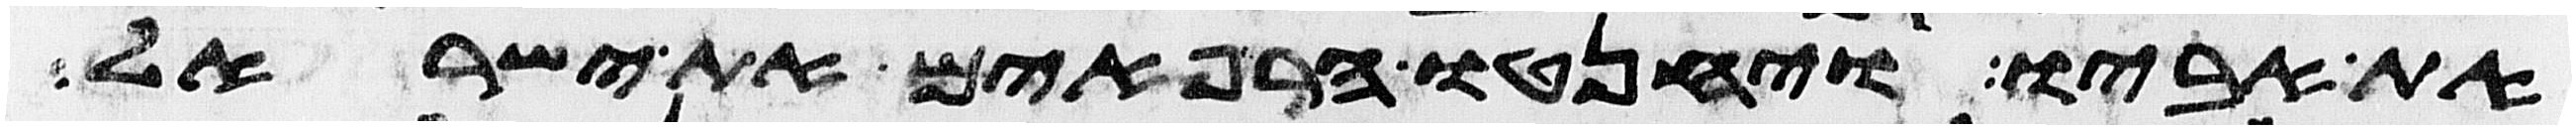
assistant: את אביו ויחנטו הרפאים את ישראל